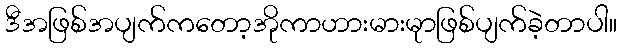
ဒီအဖြစ်အပျက်ကတော့အိုကာဟားမားမုာဖြစ်ပျက်ခဲ့တာပါ။